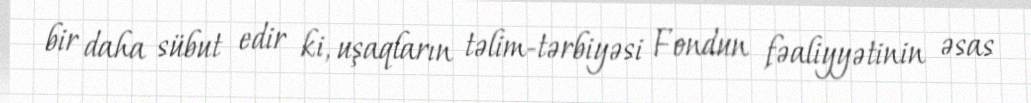
bir daha sübut edir ki, uşaqların təlim-tərbiyəsi Fondun fəaliyyətinin əsas